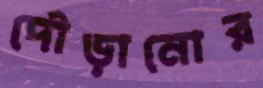
দৌড়ানোর